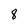
Character: 8